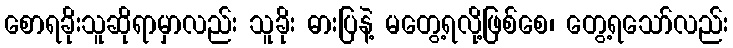
စောရခိုးသူဆိုရာမှာလည်း သူခိုး ဓားပြနဲ့ မတွေ့ရလို့ဖြစ်စေ၊ တွေ့ရသော်လည်း